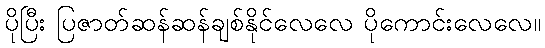
ပိုပြီး ပြဇာတ်ဆန်ဆန်ချစ်နိုင်လေလေ ပိုကောင်းလေလေ။